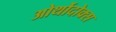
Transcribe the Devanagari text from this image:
ओर्थोदोक्स